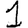
Digit: 1